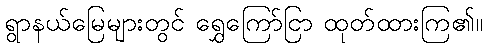
ရွာနယ်မြေများတွင် ရွှေကြော်ငြာ ထုတ်ထားကြ၏။